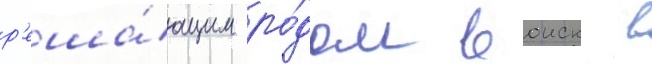
р'еша́ющим ро́дом воиск в